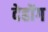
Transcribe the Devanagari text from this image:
देहोंग